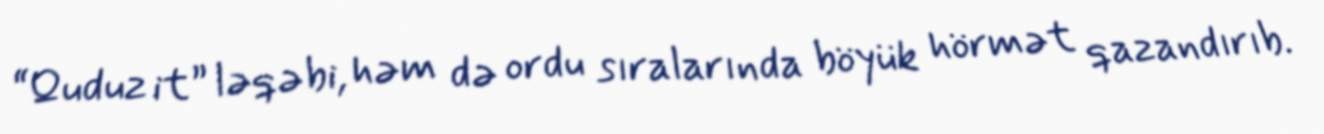
“Quduz it” ləqəbi, həm də ordu sıralarında böyük hörmət qazandırıb.